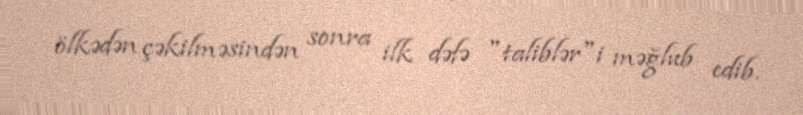
ölkədən çəkilməsindən sonra ilk dəfə "taliblər"i məğlub edib.